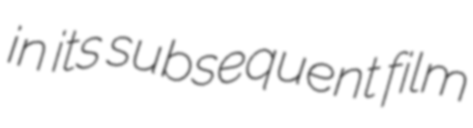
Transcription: in its subsequent film